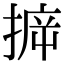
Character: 𢯪